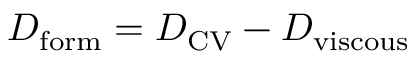
D _ { \mathrm { f o r m } } = D _ { \mathrm { C V } } - D _ { \mathrm { v i s c o u s } }